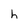
Character: h